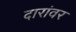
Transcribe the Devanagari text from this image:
दारांवर